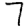
Digit: 7